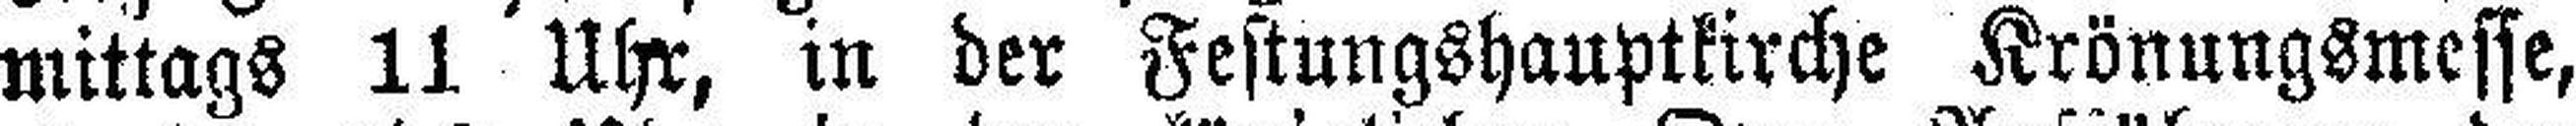
mittags 11 Uhr, in der Festungshauptkirche Krönungsmesse,